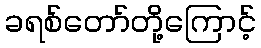
ခရစ်တော်တို့ကြောင့်